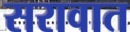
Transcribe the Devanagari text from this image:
सरावात